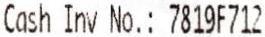
CASH INV NO.: 7819F712